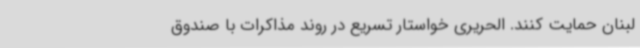
لبنان حمایت کنند. الحریری خواستار تسریع در روند مذاکرات با صندوق